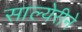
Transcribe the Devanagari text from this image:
साल्येरीने